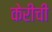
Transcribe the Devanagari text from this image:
केरीची